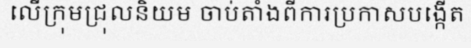
លើក្រុមជ្រុលនិយម ចាប់តាំងពីការប្រកាសបង្កើត